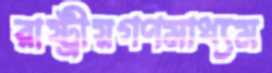
রাষ্ট্রীয়গণমাধ্যম